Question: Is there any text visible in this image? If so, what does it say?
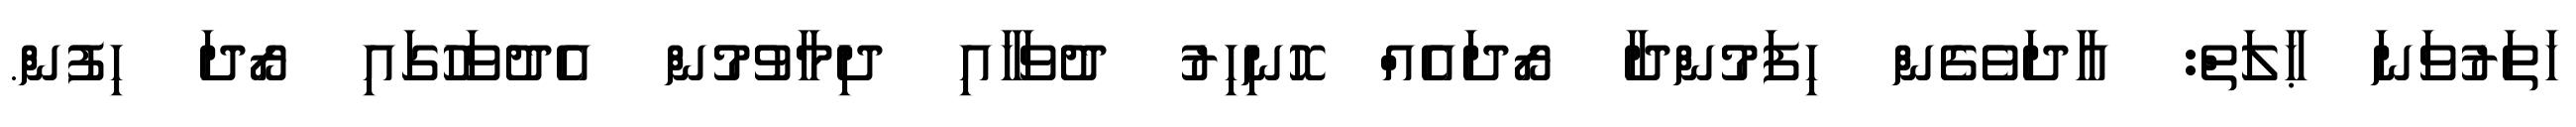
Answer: ހަތަރުވަނަ ޙާލަތް: އާދަވެގެން ހިފަމުންދާ ރޯދައެއް ހޮނިހިރު ދުވަހާއި ދިމާވުމުން އެދުވަހުގައި ރޯދަ ހިފުން.